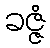
ခဇ္ဇံ